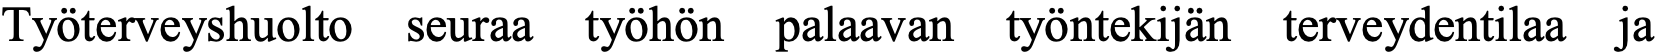
Työterveyshuolto seuraa työhön palaavan työntekijän terveydentilaa ja